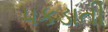
પકડાતી